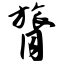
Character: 膂